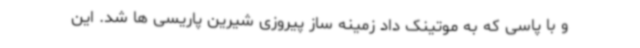
و با پاسی که به موتینک داد زمینه ساز پیروزی شیرین پاریسی ها شد. این